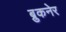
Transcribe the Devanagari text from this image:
ब्रुकनेर